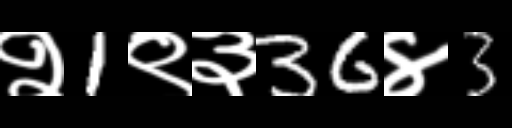
Text: २1९३36४3